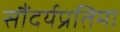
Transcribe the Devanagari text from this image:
सौंदर्यप्रतिमा